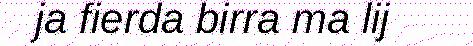
ja fierda birra ma lij